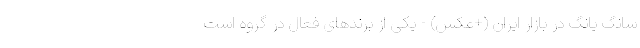
سانگ یانگ در بازار ایران (+عکس) - یکی از برندهای فعال در گروه است